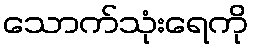
သောက်သုံးရေကို